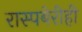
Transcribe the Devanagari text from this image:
रास्पबेरीही